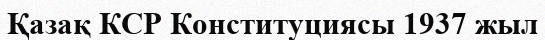
Қазақ КСР Конституциясы 1937 жыл